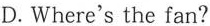
D.Where's the fan?